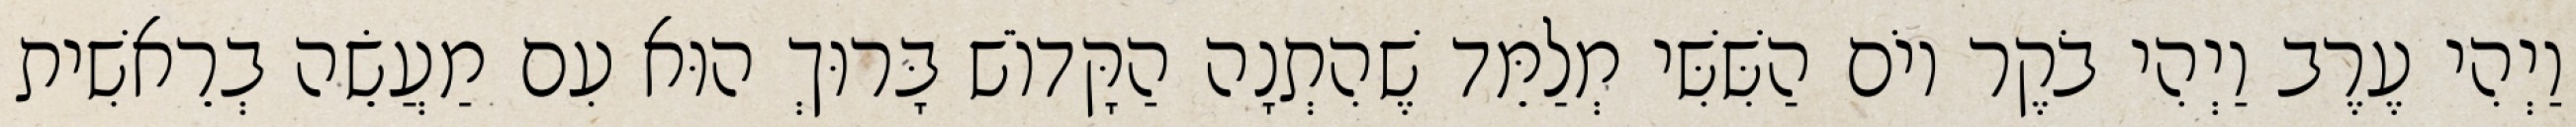
וַיְהִי עֶרֶב וַיְהִי בֹקֶר יוֹם הַשִּׁשִּׁי מְלַמֵּד שֶׁהִתְנָה הַקָּדוֹשׁ בָּרוּךְ הוּא עִם מַעֲשֵׂה בְרֵאשִׁית